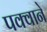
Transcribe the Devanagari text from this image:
पक्वाने